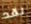
لقد